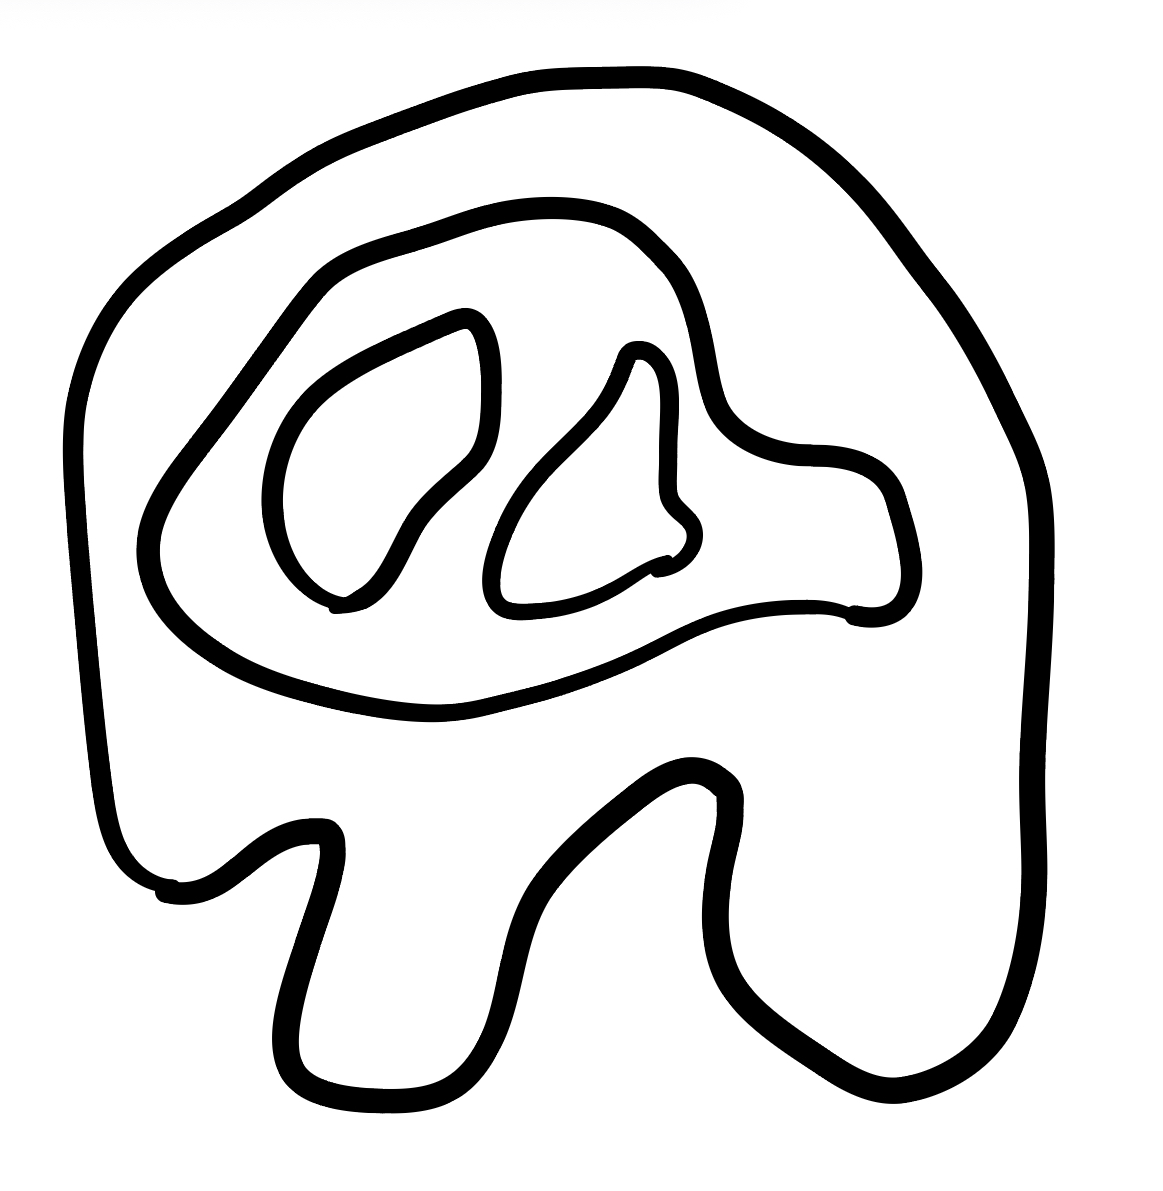
Number of regions (including the outer root region): 5
Containment tree edges (parent, child): 0, 1, 1, 2, 2, 3, 2, 4